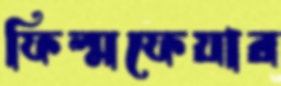
ফিল্মফেয়ার